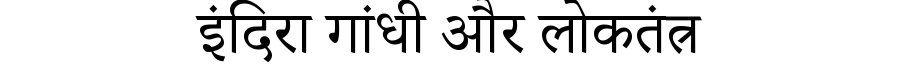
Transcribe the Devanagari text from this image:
इंदिरा गांधी और लोकतंत्र